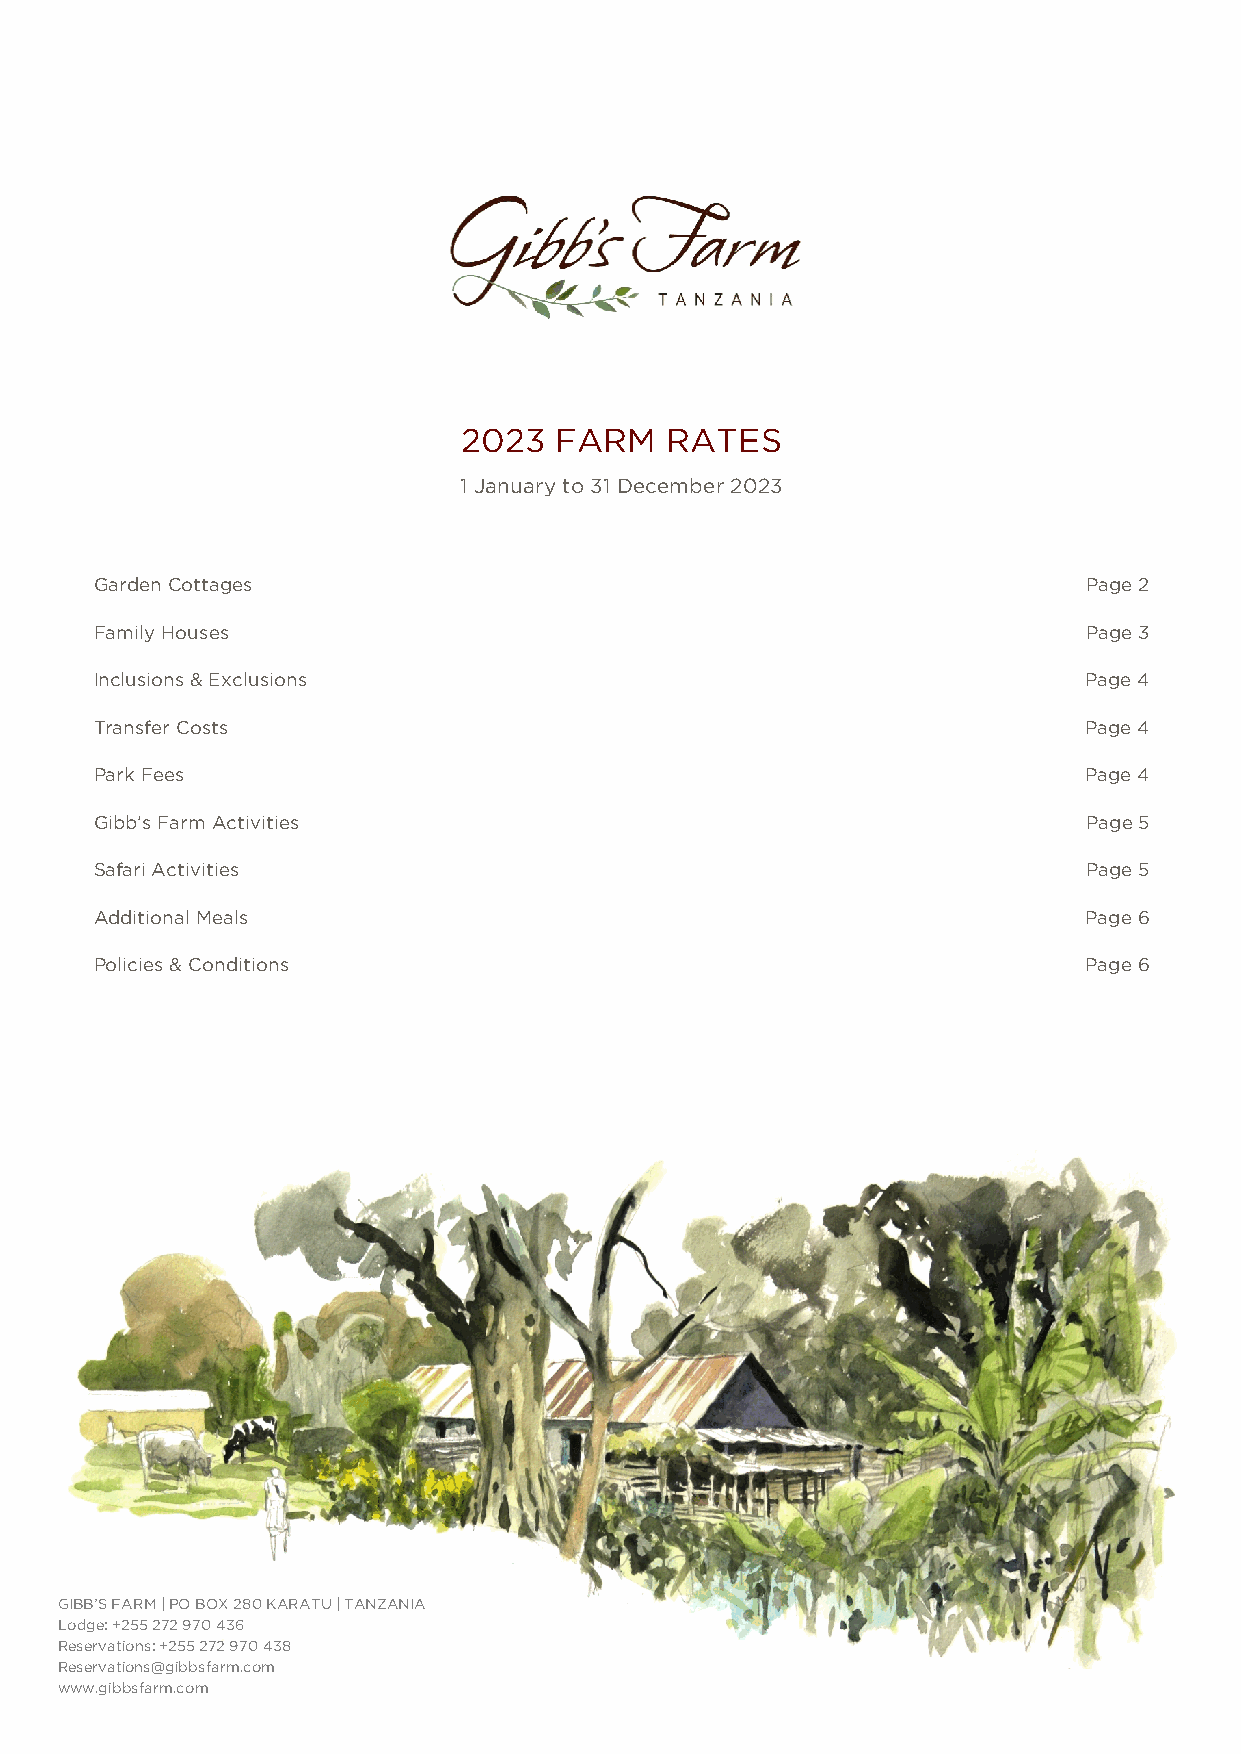
2023   FARM   RATES
 1 January to 31 December 2023
 Garden Cottages                                                   Page 2
 Family Houses                                                     Page 3
 Inclusions & Exclusions                                           Page 4
 Transfer Costs                                                    Page 4
 Park Fees                                                         Page 4
 Gibb’s Farm Activities                                            Page 5
 Safari Activities                                                 Page 5
 Additional Meals                                                  Page 6
 Policies & Conditions                                             Page 6
 GIBB’S FARM | PO BOX 280 KARATU | TANZANIA
 Lodge: +255 272 970 436
 Reservations: +255 272 970 438
 Reservations@gibbsfarm.com
 www.gibbsfarm.com